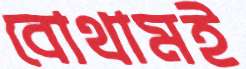
বোথামই